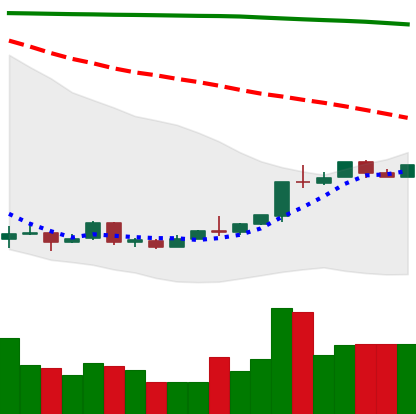
Ticker: ETH-USD
Chart end date: 2018-04-18
Forward return: 22.439%
Label: up_7plus